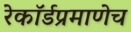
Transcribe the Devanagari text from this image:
रेकॉर्डप्रमाणेच